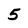
Character: 5